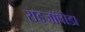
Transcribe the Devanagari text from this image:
राइजॉपोडा